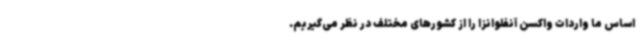
اساس ما واردات واکسن آنفلوانزا را از کشورهای مختلف در نظر می‌گیریم.